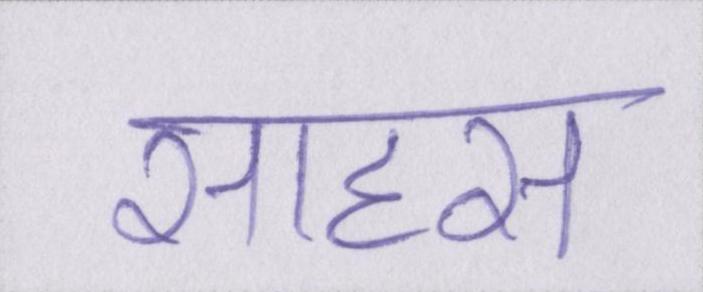
साहस